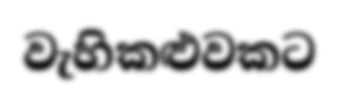
වැහිකළුවකට